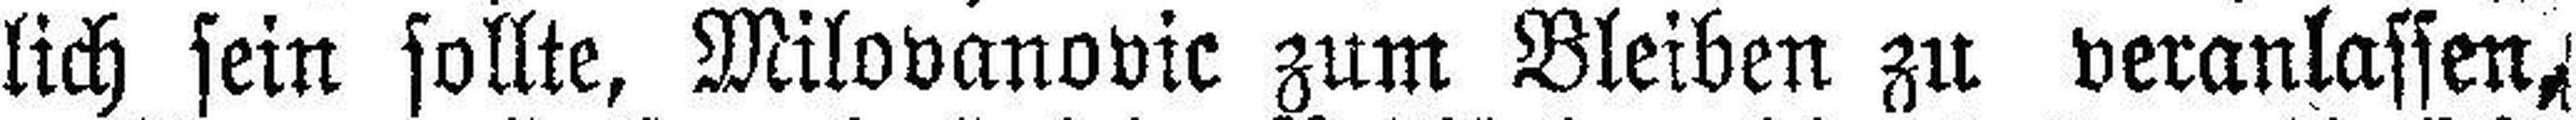
lich sein sollte, Milovanovic zum Bleiben zu veranlassen,